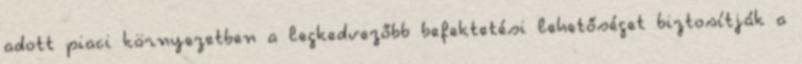
adott piaci környezetben a legkedvezőbb befektetési lehetőséget biztosítják a